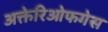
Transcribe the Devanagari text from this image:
अक्तेरिओफगेस